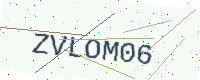
Text: ZVLOM06